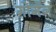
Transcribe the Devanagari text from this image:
गोगँनं